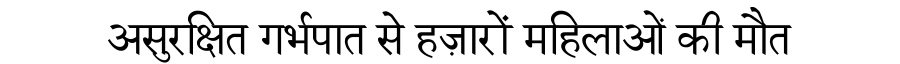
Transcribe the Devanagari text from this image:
असुरक्षित गर्भपात से हज़ारों महिलाओं की मौत